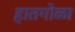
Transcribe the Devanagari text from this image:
हातगोळा